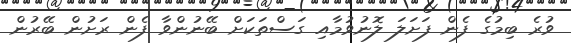
ވުރެ ބިމުގެ ފެން ފަށަލަ ލޮނުވުމާއި ގަސްތަކަށް ބޭނުންވާ ފެން ރަށުން ބޭރުން